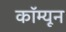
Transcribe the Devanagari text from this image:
कॉम्यून